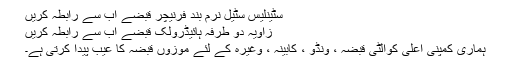
سٹینلیس سٹیل نرم بند فرنیچر قبضے اب سے رابطہ کریں
زاویہ دو طرفہ ہائیڈرولک قبضے اب سے رابطہ کریں
ہماری کمپنی اعلی کوالٹی قبضہ ، ونڈو ، کابینہ ، وغیرہ کے لئے موزوں قبضہ کا عیب پیدا کرتی ہے۔